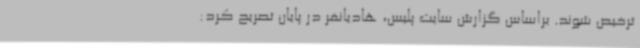
ترخیص شوند. براساس گزارش سایت پلیس، هادیانفر در پایان تصریح کرد: